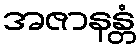
အဇာနန္တံ